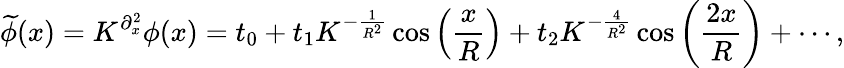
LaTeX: \widetilde\phi(x)=K^{\partial_{x}^{2}}\phi(x)=t_{0}+t_{1}K^{-\frac{1}{{R^{2}}}}\cos\left({\frac{x}{R}}\right)+t_{2}K^{-\frac{4}{{R^{2}}}}\cos\left({\frac{{2x}}{R}}\right)+\cdots,